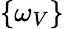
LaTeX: \{ \omega_{V}\}